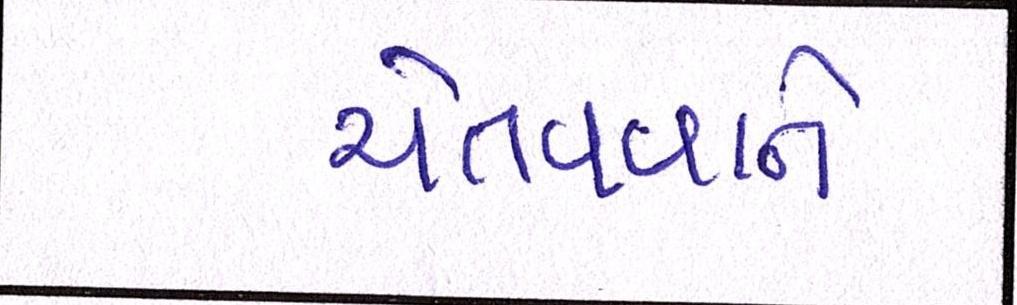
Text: ચેતવવાને